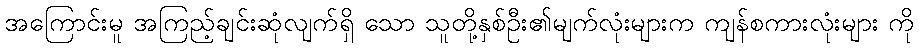
အကြောင်းမူ အကြည့်ချင်းဆုံလျက်ရှိ သော သူတို့နှစ်ဦး၏မျက်လုံးများက ကျန်စကားလုံးများ ကို